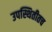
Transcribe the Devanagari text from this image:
उपस्थितीतच